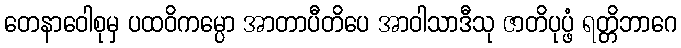
တေနာဝေါစုမှ ပထဝိကမ္ပော အာတာပီတိပေ အာဝါသာဒီသု ဇာတိပုပ္ဖံ ရတ္တိဘာဂေ